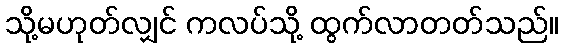
သို့မဟုတ်လျှင် ကလပ်သို့ ထွက်လာတတ်သည်။